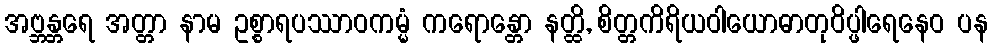
အဗ္ဘန္တရေ အတ္တာ နာမ ဥစ္စာရပဿာဝကမ္မံ ကရောန္တော နတ္ထိ, စိတ္တကိရိယဝါယောဓာတုဝိပ္ဖါရေနေဝ ပန